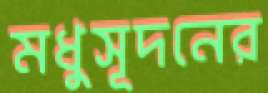
মধুসূদনের